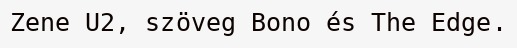
Zene U2, szöveg Bono és The Edge.